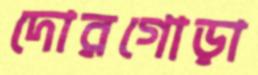
দোরগোড়া